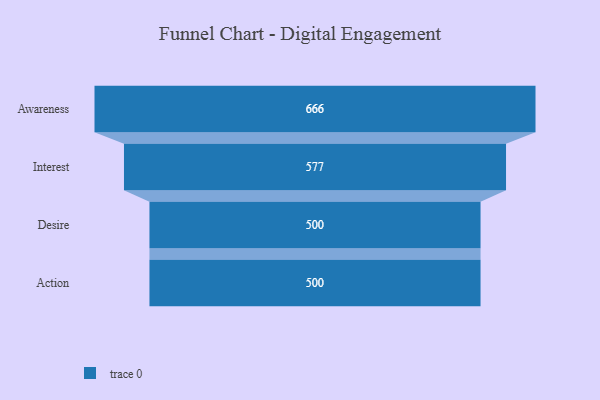
{"axis": {"x": "Stage", "y": "Value"}, "legend": [""], "data": [{"x": "Awareness", "y": 666.0, "type": ""}, {"x": "Interest", "y": 577.0, "type": ""}, {"x": "Desire", "y": 500, "type": ""}, {"x": "Action", "y": 500, "type": ""}]}